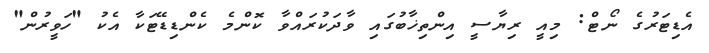
އެޑިޓަރުގެ ނޯޓް: މިއީ ރިޔާސީ އިންތިޚާބުގައި ވާދަކުރައްވާ ކޮންމެ ކެންޑިޑޭޓަކާ އެކު "ހަވީރުން"